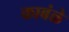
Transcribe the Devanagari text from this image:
काबंळे